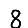
Digit: 8